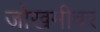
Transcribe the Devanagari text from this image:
जोखमीवर